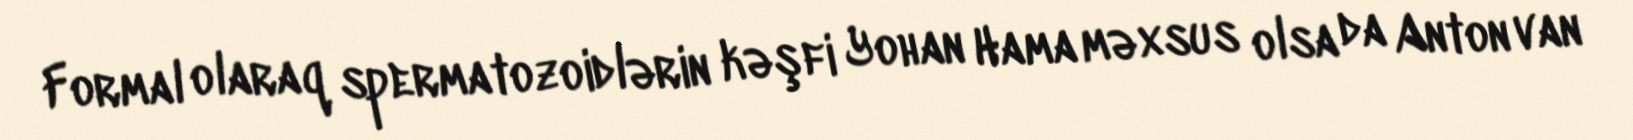
Formal olaraq spermatozoidlərin kəşfi Yohan Hama məxsus olsa da Anton van